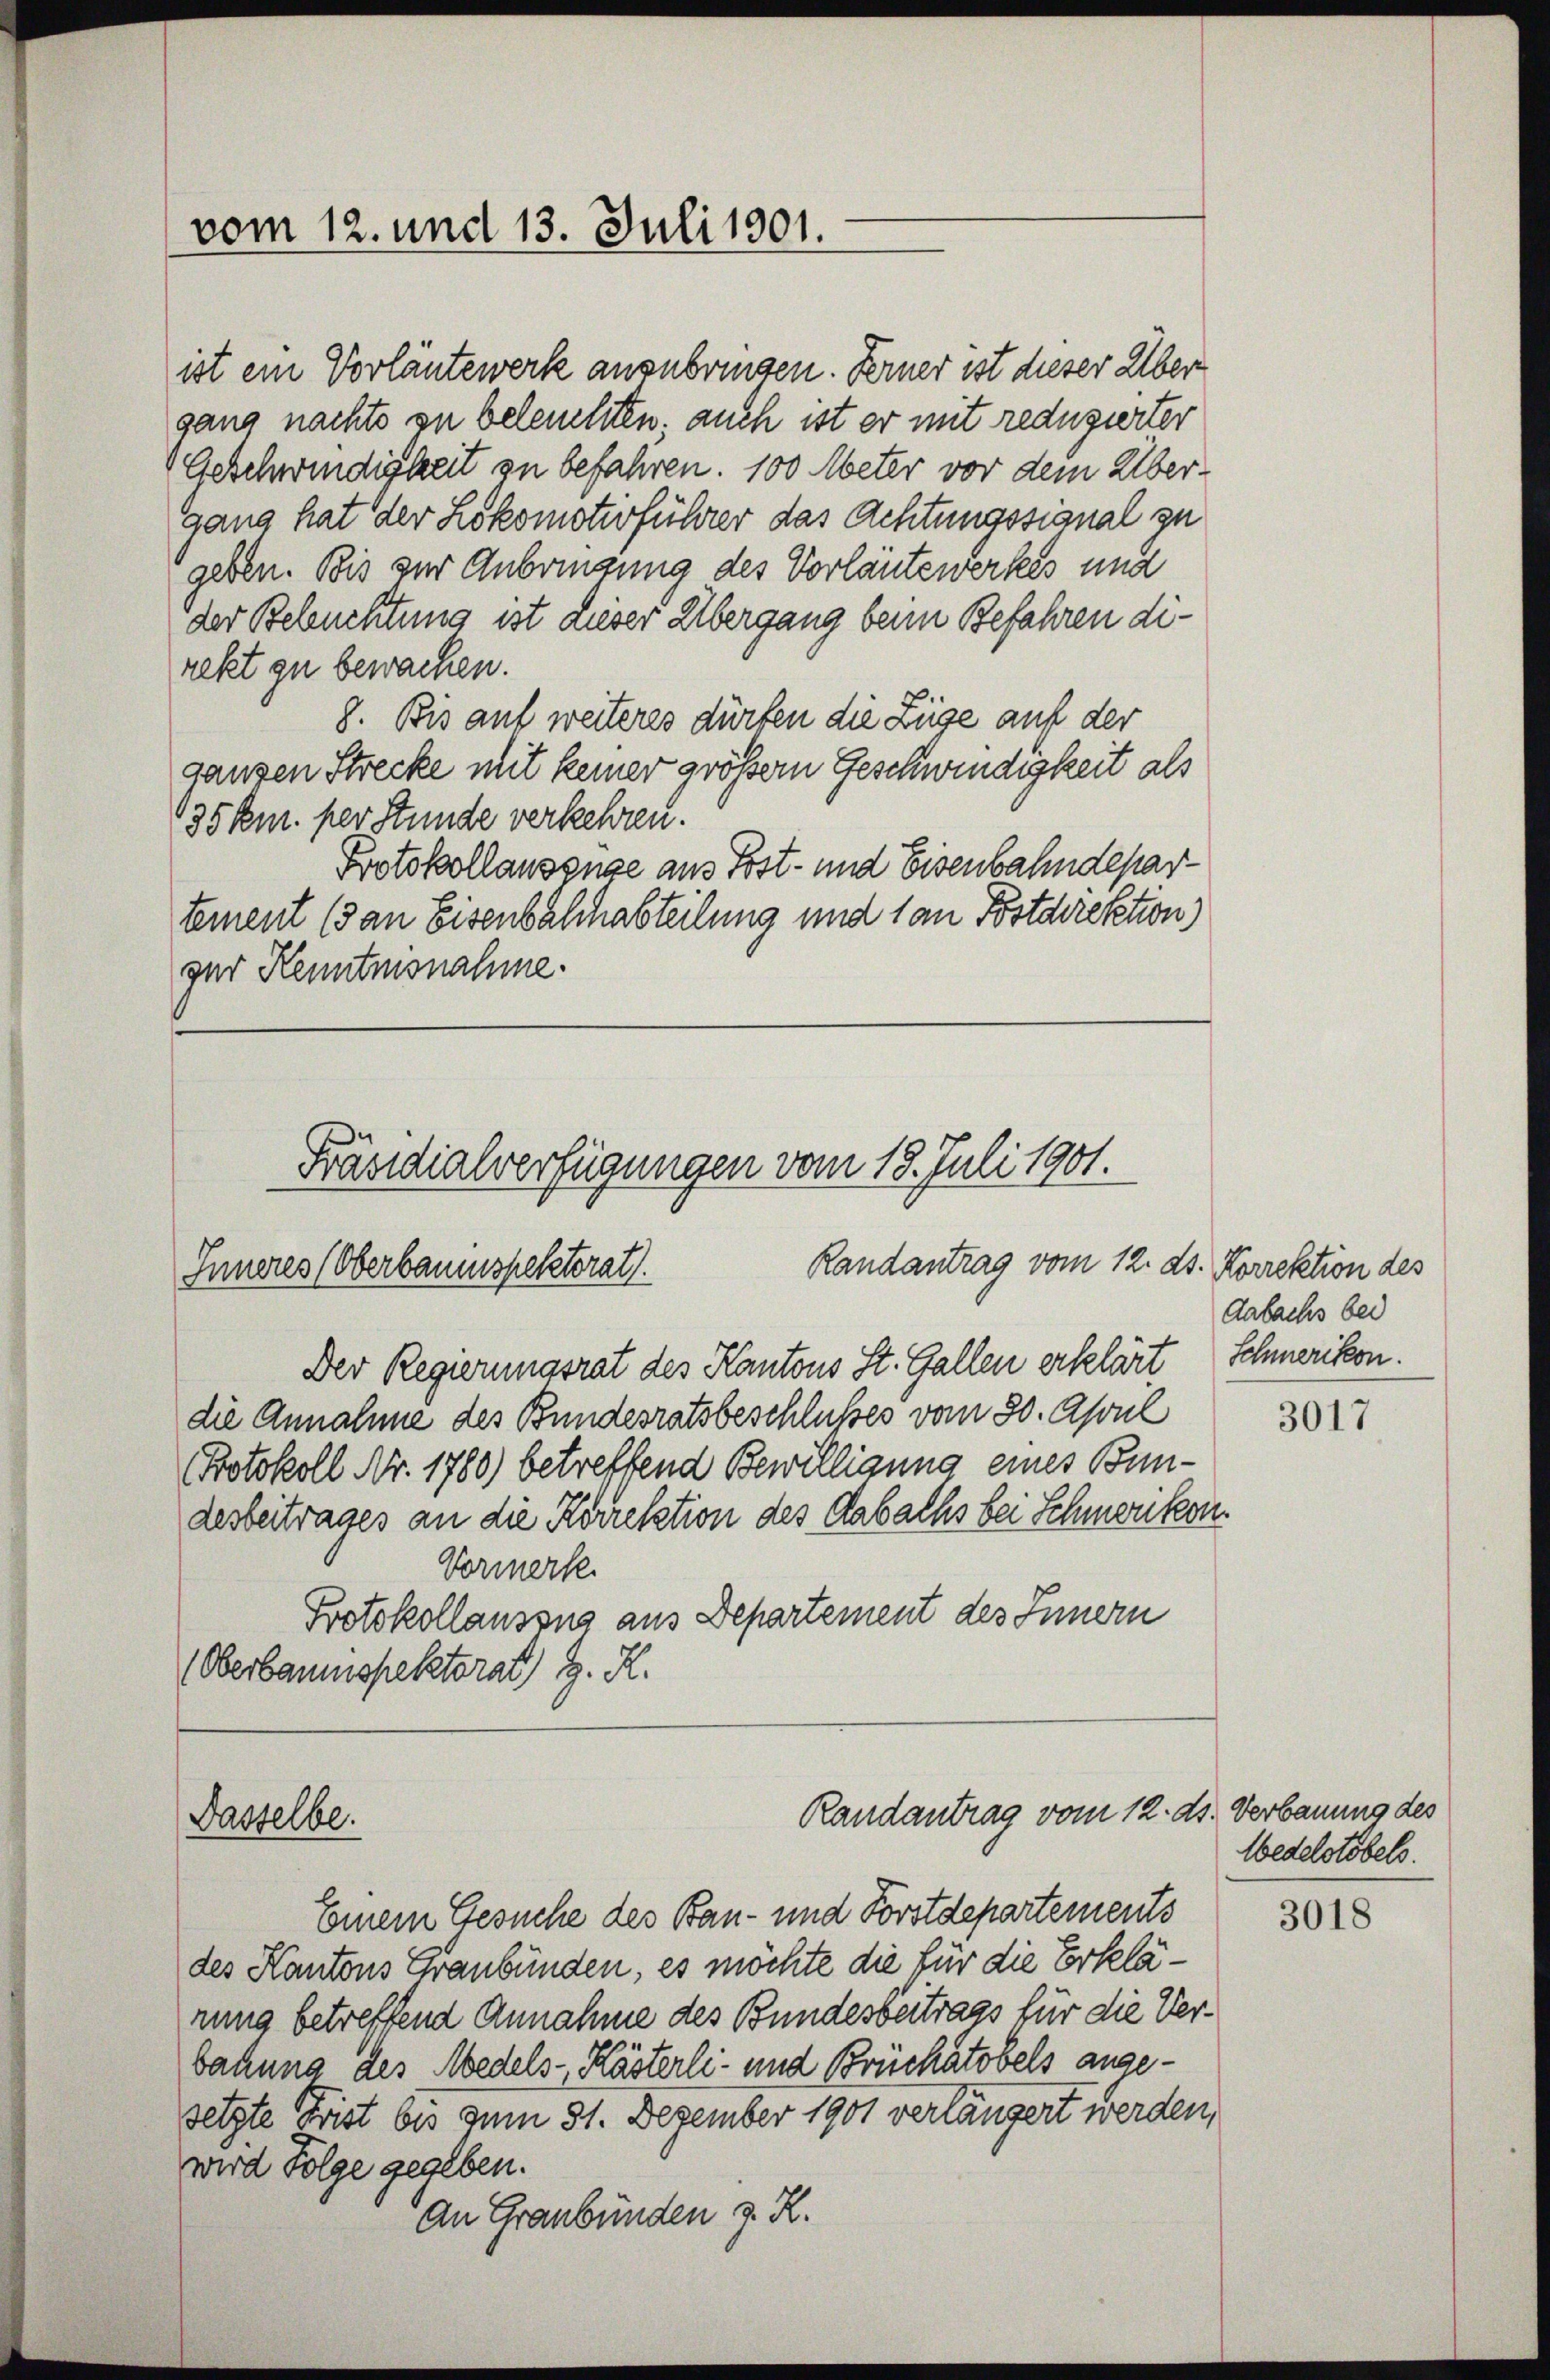
vom 12. und 13. Juli 1901.

Präsidialverfügungen vom 18. Juli 1901.
Randantrag vom 12. ds. Korrektion des
Inneres (Oberbaumspektorat.

Dasselbe.

ist ein Vorläutewerk ausnbringen. Ferner ist dieser Über
gang nachts zu beleuchten. auch ist er mit reduzierter
Geschwindigkeit zu befahren. 100 Meter vor dem Übergang hat der Lokomotivführer das Achtungssianal zu
geben. Bis zur Anbringung des Vorläutewerkes und
der Beleuchtung ist dieser Übergang beim Befahren direkt zu bewachen.
8. Bis auf weiteres dürfen die Züge auf der
ganzen Strecke mit keiner größern Geschwindigkeit als
135 km. per Stunde verkehren.
Protokollausenge aus Post- und Eisenbahndepartement (3 an Eisenbalchabteilung und 1 an Postdirektion)
zur Kenntnisnahme.

Randantrag vom 12. ds. Verbauung des

Der Regierungsrat des Kantons St. Gallen erklärt Schmerikon.
die Annahme des Bundesratsbeschlusses vom 30. April
PProtokoll Nr. 1780) betreffend Bewilligung eines Bundesbeitrages an die Korrektion des Aabachs bei Schmen kon
Vormerk
Protokollauszug aus Departement des Innern
Oberbaumspektorat) G. K.

Aabachs bei

Einem Gesuche des Bau- und Forstdepartements
des Kantons Graubünden, es möchte die für die Erklärung betreffend Annahme des Bundesbeitrags für die Verbahung des Medels- Kästerli- und Brückatobels angesetzte Frist bis zum 31. Dezember 1901 verlängert werden,
wird Folge gegeben.
An Graubünden z. R.

3017

Wedelstobels.

3018